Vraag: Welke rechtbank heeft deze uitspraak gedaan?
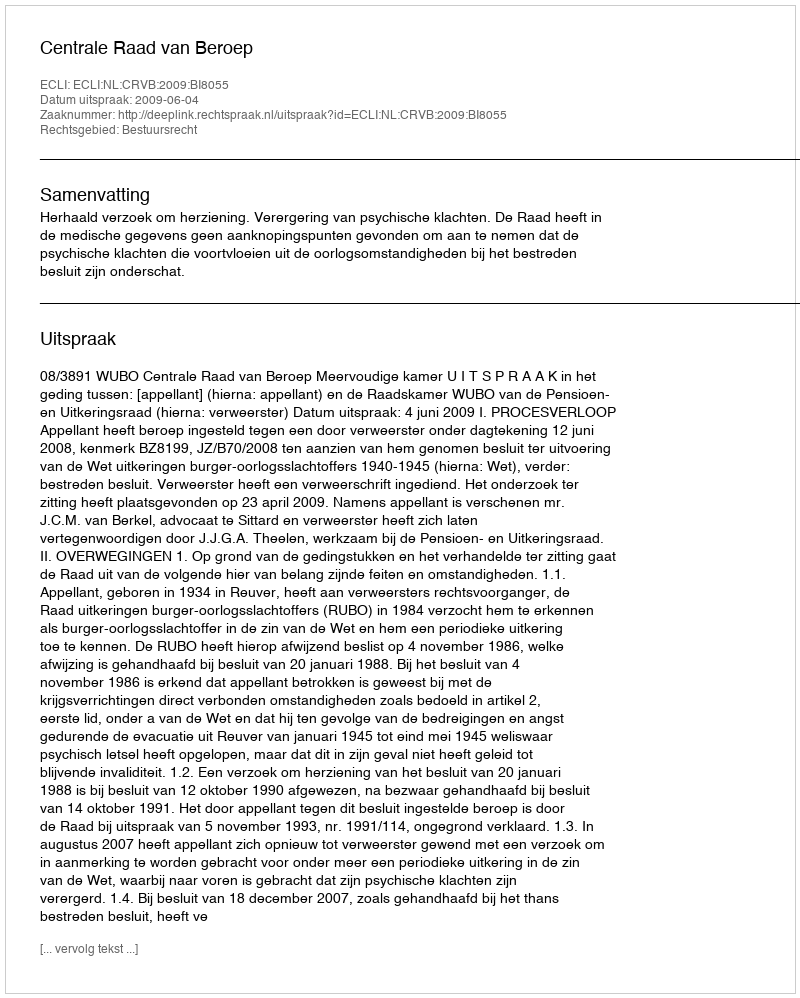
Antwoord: Centrale Raad van Beroep